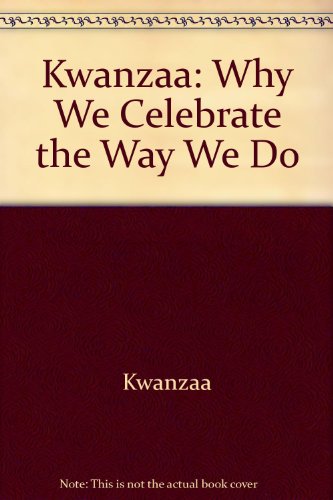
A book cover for Kwanzaa: Why We Celebrate the Way We Do; Martin Hintz; Children's Books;